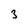
Character: 3